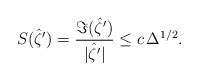
LaTeX: \begin{align*} S( \hat \zeta') = \frac{\Im(\hat \zeta') }{|\hat \zeta'|} \leq c \, \Delta^{1/2}. \end{align*}